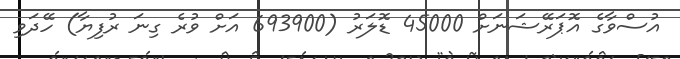
އުސްވާގެ އޮޕަރޭޝަނަށް 45000 ޑޮލަރު (693900 އަށް ވުރެ ގިނަ ރުފިޔާ) ހޭދަވި